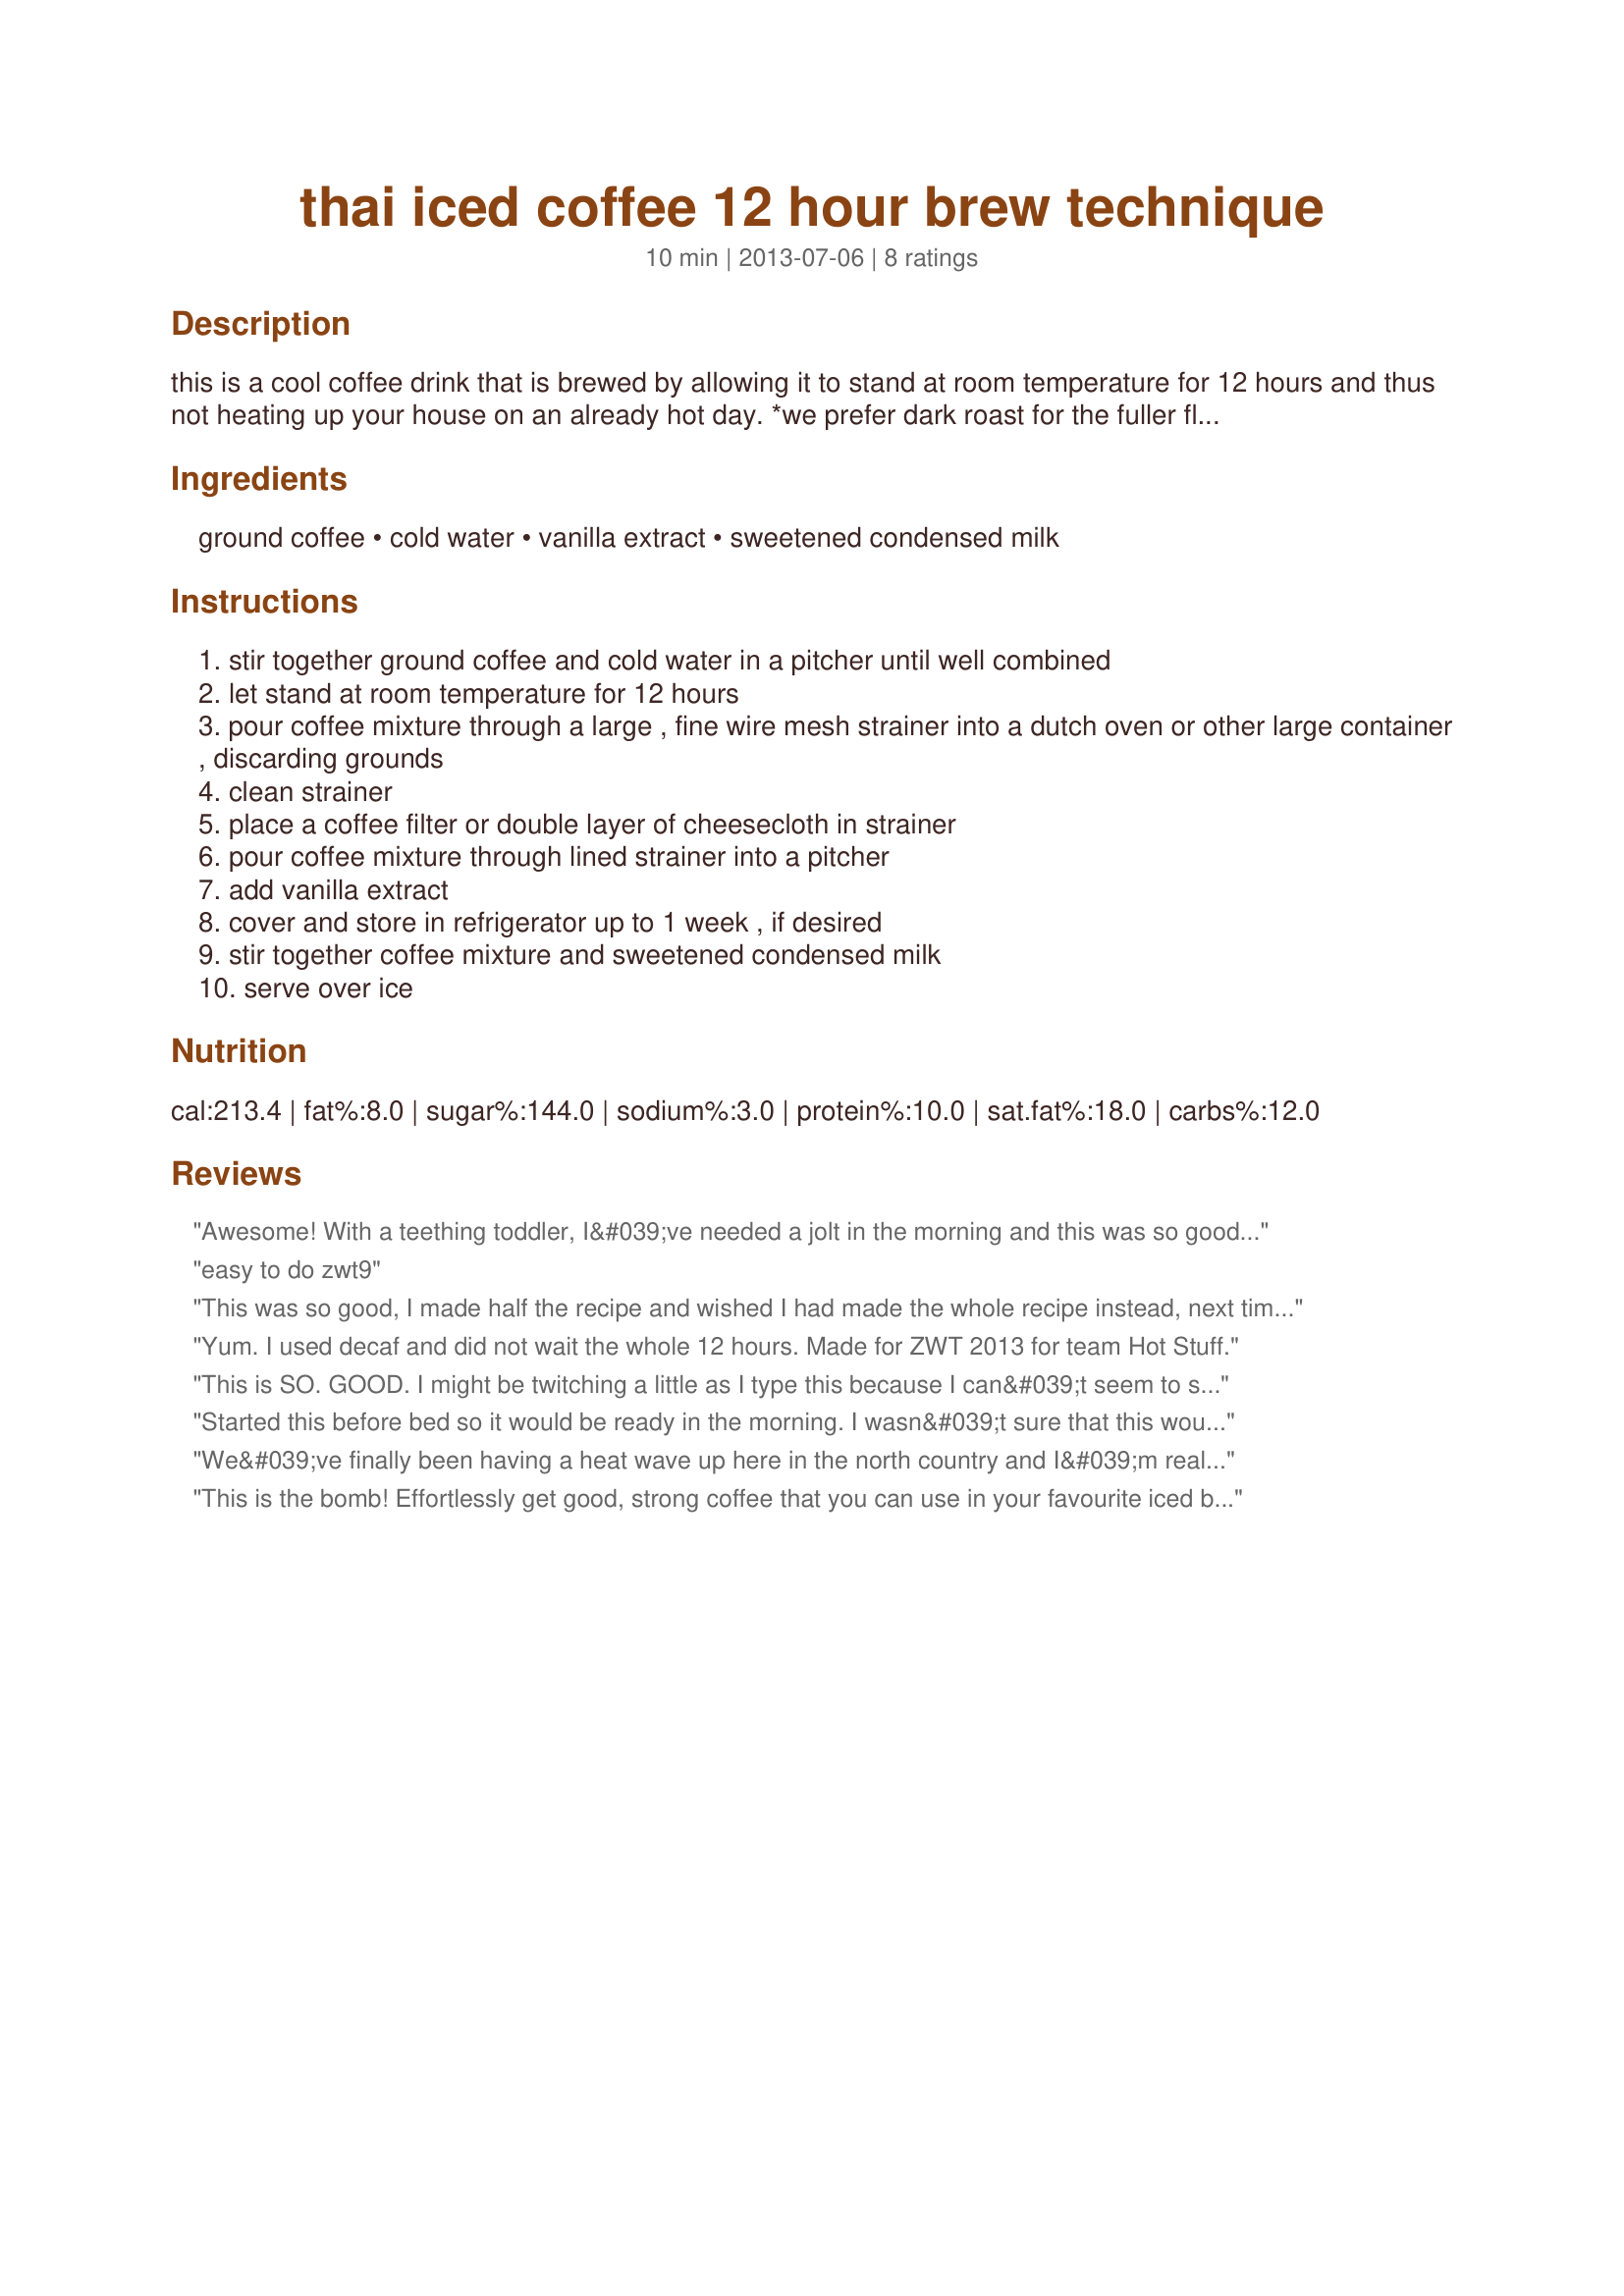
thai iced coffee 12 hour brew technique
Preparation time: 10 minutes

this is a cool coffee drink that is brewed by allowing it to stand at room temperature for 12 hours and thus not heating up your house on an already hot day. *we prefer dark roast for the fuller flavor but you could use regular roast.

Ingredients:
ground coffee, cold water, vanilla extract, sweetened condensed milk

Steps:
stir together ground coffee and cold water in a pitcher until well combined
let stand at room temperature for 12 hours
pour coffee mixture through a large , fine wire mesh strainer into a dutch oven or other large container , discarding grounds
clean strainer
place a coffee filter or double layer of cheesecloth in strainer
pour coffee mixture through lined strainer into a pitcher
add vanilla extract
cover and store in refrigerator up to 1 week , if desired
stir together coffee mixture and sweetened condensed milk
serve over ice

Reviews:
Awesome! With a teething toddler, I&#039;ve needed a jolt in the morning and this was so good - reminded me of vietnamese iced coffee. Made for ZWT 9.
easy to do zwt9
This was so good, I made half the recipe and wished I had made the whole recipe instead, next time. I loved how easy it was to make. I let it sit overnight and enjoyed it in the morning and afternoon. I used Starbucks Bold French Roast Coffee, it was wonderful prepared this way. The condensed milk makes it very rich, sweet and creamy. Thanks for sharing this wonderful recipe, that I will make again.
Yum. I used decaf and did not wait the whole 12 hours. Made for ZWT 2013 for team Hot Stuff.
This is SO. GOOD. I might be twitching a little as I type this because I can&#039;t seem to stop drinking it LOL. Good thing I made it half caf! I cut the recipe down to 2 oz of coffee and I really wish I hadn&#039;t. I will definitely make this again, in fact I&#039;m pretty sure this is on its way to my Best of 2013 cookbook :). Made for ZWT 9, Gourmet Goddesses.
Started this before bed so it would be ready in the morning. I wasn&#039;t sure that this would be sweet enough for me (I like a little coffee with my milk and sugar, lol), but surprisingly, it was. Whoo-eee, is this ever &quot;kicky&quot;, though! If you&#039;re on the caffeine-sensitive side like me, you might want to consider using a lighter brew coffee, or even decaf. I used Colombian dark roast coffee for mine. My to-go iced coffee cup is pretty big, and I made the mistake of filling it up. It tasted so good that I finished the whole cup, but my hands were shaking for hours after my coffee was gone! I think if anyone had stood next to me in a quiet room, they would&#039;ve heard a slight hum from me vibrating because I was so caffeinated, LOL. With that said, I would definitely make this again, but I would use a MUCH smaller cup. Thanks for posting! Made for The Hot Pink Panthers for ZWT9
We&#039;ve finally been having a heat wave up here in the north country and I&#039;m really enjoying it. I came across this recipe yesterday and had to try it. I set it up in the afternoon and had a glass this morning. It works and tastes great. Made for ZWT 9 :D
This is the bomb! Effortlessly get good, strong coffee that you can use in your favourite iced beverage. Exactly what I need - and way better for me than the instant coffee I usually use to make my iced drinks. I&#039;m going to try varying the extract when I&#039;m done with this batch. Even though the vanilla is great (you can add more than called for), I&#039;m thinking it would also be awesome with almond or hazelnut. Thanks for a very good recipe.
